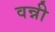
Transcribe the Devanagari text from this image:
वन्नी